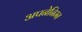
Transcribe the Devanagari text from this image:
अपनेनिम्न